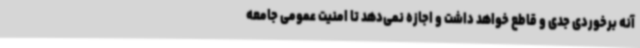
آنه برخوردی جدی و قاطع خواهد داشت و اجازه نمی‌دهد تا امنیت عمومی جامعه